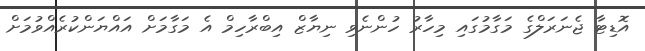
އޮޑިޓާ ޖެނަރަލްގެ މަގާމުގައި މިހާރު ހުންނެވި ނިޔާޒް އިބްރާހިމް އެ މަގާމަށް އައްޔަންކުރެއްވުމަށް